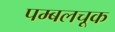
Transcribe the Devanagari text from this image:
पम्बलचूक